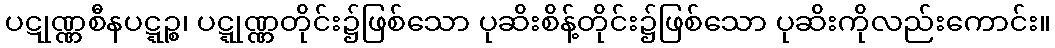
ပဋုဏ္ဏစီနပဋ္ဋဉ္စ၊ ပဋ္ဋုဏ္ဏတိုင်း၌ဖြစ်သော ပုဆိးစိန့်တိုင်း၌ဖြစ်သော ပုဆိးကိုလည်းကောင်း။